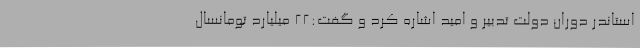
استاندر دوران دولت تدبیر و امید اشاره کرد و گفت:22 میلیارد تومانسال